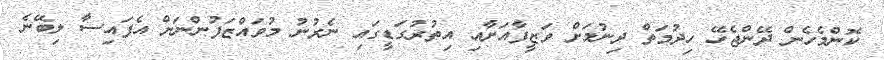
ކޮންމެހެން ދޭންޖެހޭ ހިދުމަތް ދިނުމަށް ވަޒީފާއަށާއި އިތުރުގަޑީގައި ނެރުނު މުވައްޒަފުންނަށް އެފައިސާ ލިބޭނެ